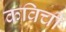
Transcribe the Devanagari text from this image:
कविची